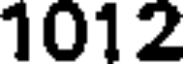
1012